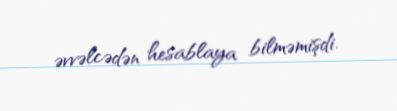
əvvəlcədən hesablaya bilməmişdi.